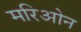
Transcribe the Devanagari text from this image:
मरिओन